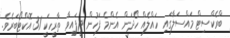
ބްރެކްސިޓް މައްސަލާގައި ހައްލެއް ހޯދަން އެންމެ ފަހުން ދީފައިވާ ތާރީހަކީ 31 އޮކްޓޯބަރެވެ.